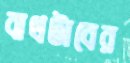
বাথটাবের